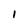
Character: I